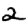
Digit: 2